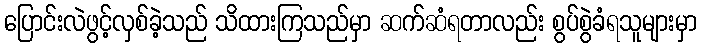
ပြောင်းလဲဖွင့်လှစ်ခဲ့သည် သိထားကြသည်မှာ ဆက်ဆံရတာလည်း စွပ်စွဲခံရသူများမှာ